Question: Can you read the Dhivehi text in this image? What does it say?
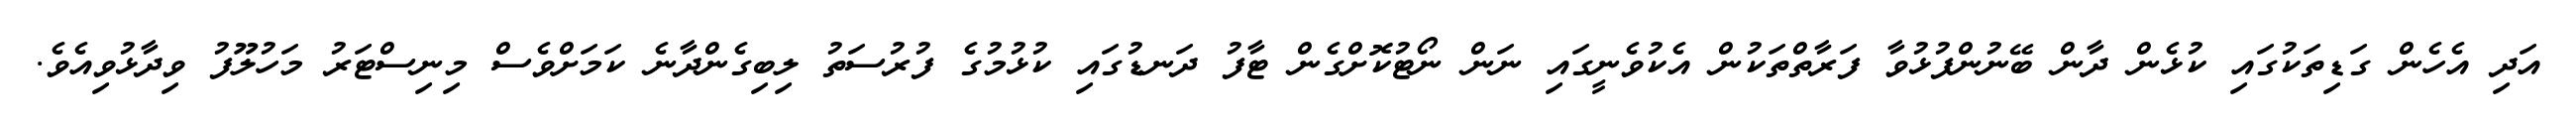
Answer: އަދި އެހެން ގަޑިތަކުގައި ކުޅެން ދާން ބޭނުންފުޅުވާ ފަރާތްތަކުން އެކުވެނީގައި ނަން ނޯޓުކޮށްގެން ޓާފު ދަނޑުގައި ކުޅުމުގެ ފުރުސަތު ލިބިގެންދާނެ ކަމަށްވެސް މިނިސްޓަރު މަހުލޫފު ވިދާޅުވިއެވެ.